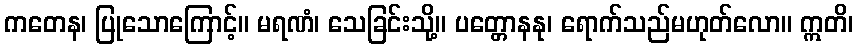
ကတေန၊ ပြုသောကြောင့်။ မရဏံ၊ သေခြင်းသို့။ ပတ္တောနနု၊ ရောက်သည်မဟုတ်လော။ ဣတိ၊